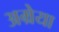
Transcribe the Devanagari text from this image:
अम्रेया